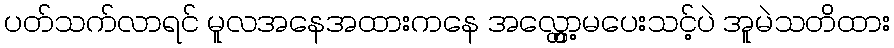
ပတ်သက်လာရင် မူလအနေအထားကနေ အလ္တွော့မပေးသင့်ပဲ အူမဲသတိထား